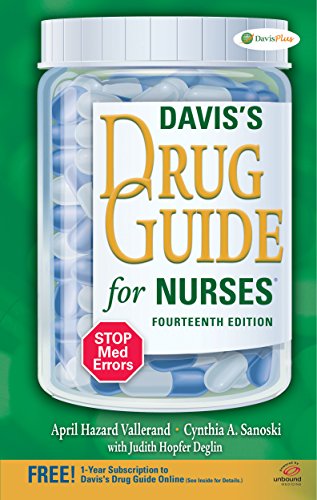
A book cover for Davis's Drug Guide for Nurses; April Hazard Vallerand PhD  RN  FAAN; Medical Books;